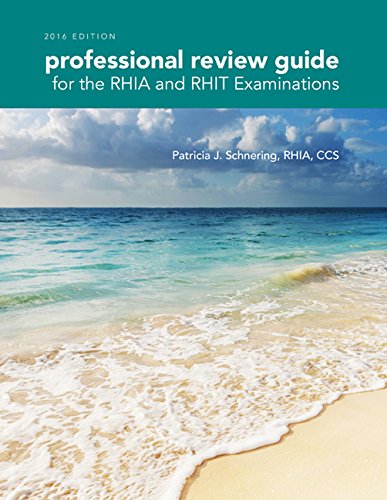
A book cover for Professional Review Guide for the RHIA and RHIT Examinations, 2015 Edition (with Premium Website Printed Access Card); Patricia Schnering; Medical Books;